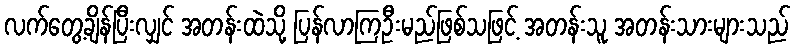
လက်တွေ့ချိန်ပြီးလျှင် အတန်းထဲသို့ ပြန်လာကြဦးမည်ဖြစ်သဖြင့် အတန်းသူ အတန်းသားများသည်